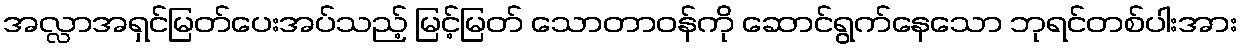
အလ္လာအရှင်မြတ်ပေးအပ်သည့် မြင့်မြတ် သောတာဝန်ကို ဆောင်ရွက်နေသော ဘုရင်တစ်ပါးအား